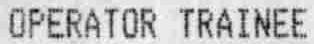
OPERATOR TRAINEE